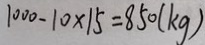
1 0 0 0 - 1 0 \times 1 5 = 8 5 0 ( k g )